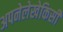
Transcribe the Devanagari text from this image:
अपनेलेखेकिसी